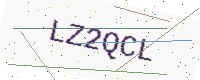
Text: LZ2QCL